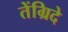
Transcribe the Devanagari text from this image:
तेंग्रिदे